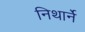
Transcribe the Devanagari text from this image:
निथार्ने